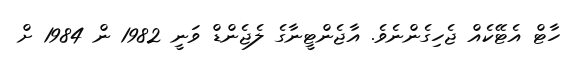
ހާޓް އެޓޭކެއް ޖެހިގެންނެވެ. އާޖެންޓީނާގެ ލެޖެންޑް ވަނީ 1982 ން 1984 ށް